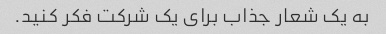
به یک شعار جذاب برای یک شرکت فکر کنید.